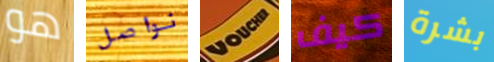
هو نواصل VOCHER كيف بشرة